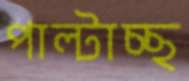
পাল্টাচ্ছ